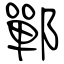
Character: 鄲